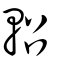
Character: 軺